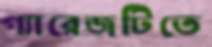
গ্যারেজটিতে